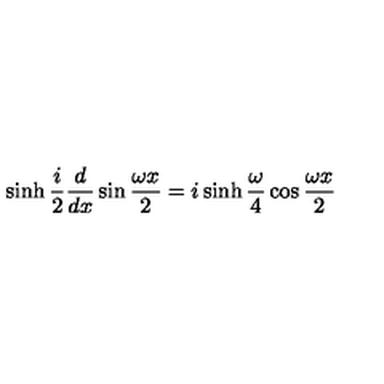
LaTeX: \sinh \frac { i } { 2 } \frac { d } { d x } \sin \frac { \omega x } { 2 } = i \sinh \frac { \omega } { 4 } \cos \frac { \omega x } { 2 }